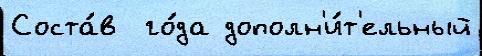
Соста́в  го́да дополн'и́т'ельный